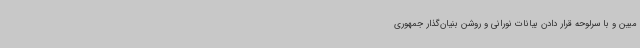
مبین و با سرلوحه قرار دادن بیانات نورانی و روشن بنیان‌گذار جمهوری